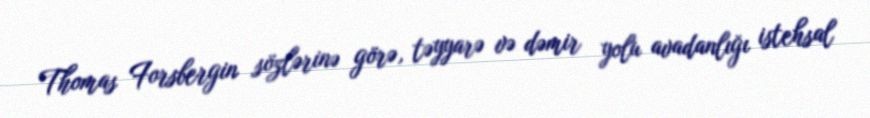
Thomas Forsbergin sözlərinə görə, təyyarə və dəmir yolu avadanlığı istehsal